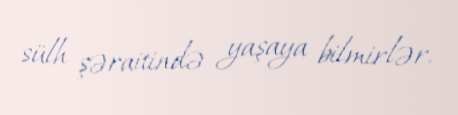
sülh şəraitində yaşaya bilmirlər.